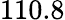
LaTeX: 110.8